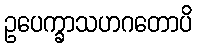
ဥပေက္ခာသဟဂတောပိ